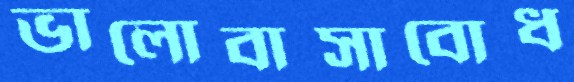
ভালোবাসাবোধ